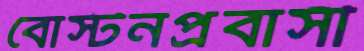
বোস্টনপ্রবাসী